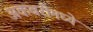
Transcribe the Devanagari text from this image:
अकबरीमध्ये